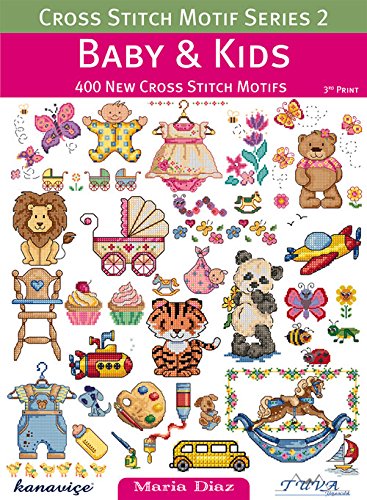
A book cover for Cross Stitch Motif Series 2: Baby & Kids: 400 New Cross Stitch Motifs; Maria Diaz; Crafts, Hobbies & Home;